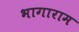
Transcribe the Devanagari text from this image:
भागाराम